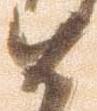
如